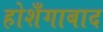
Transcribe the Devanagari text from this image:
होशँगाबाद